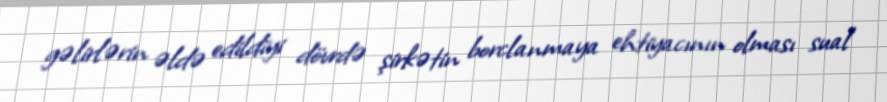
gəlirlərin əldə edildiyi dövrdə şirkətin borclanmaya ehtiyacının olması sual